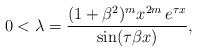
\begin{align*} 0 < \lambda = \frac{(1 + \beta^2)^m x^{2 m} \, e^{\tau x}}{\sin (\tau \beta x)}, \end{align*}